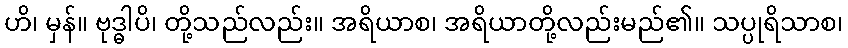
ဟိ၊ မှန်။ ဗုဒ္ဓါပိ၊ တို့သည်လည်း။ အရိယာစ၊ အရိယာတို့လည်းမည်၏။ သပ္ပုရိသာစ၊